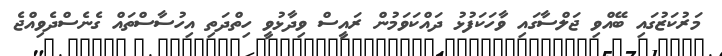
މަރުކަޒުގައި ބޭއްވި ޖަލްސާގައި ވާހަކަފުޅު ދައްކަަވަމުން ރައީސް ވިދާޅުވީ ހިތްދަތި އިހުސާސްތައް ގެނެސްދެވިއްޖެ